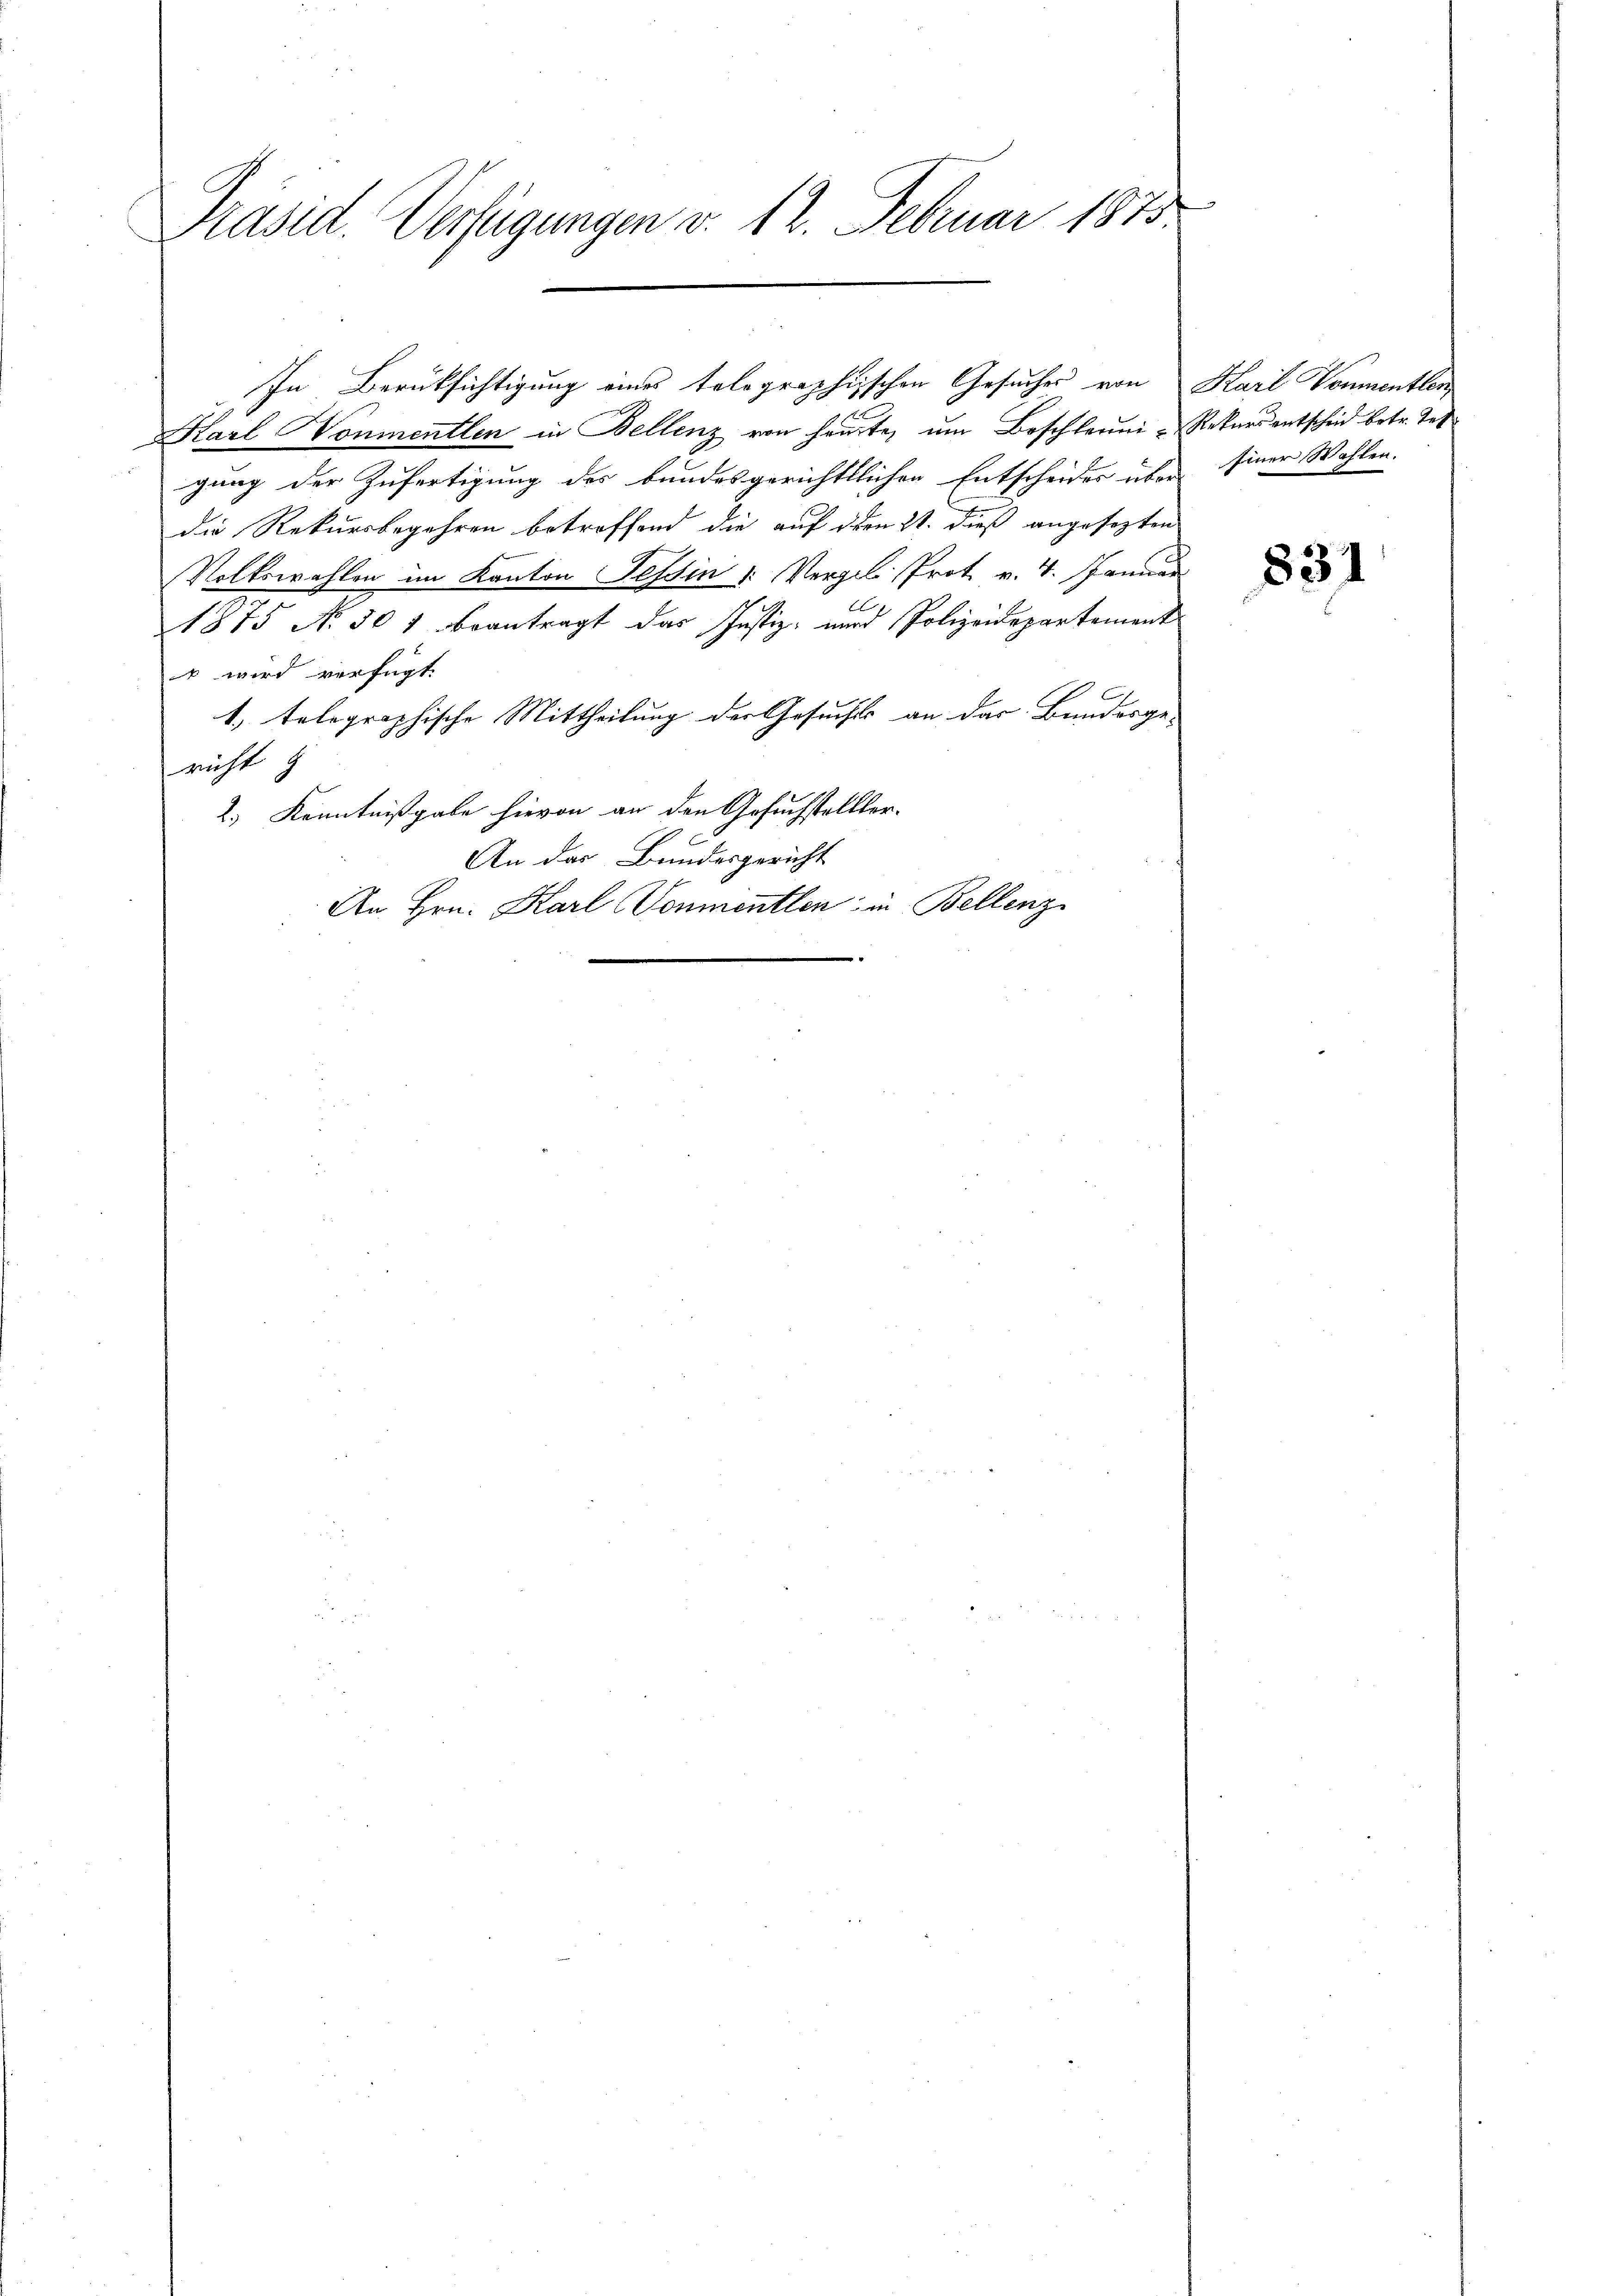
Präsid. Verfügungen v. 12. Februar 1875.

Karl Konmentlen in Bellenz von heute, um Beschleuni-Rekursentscheid betr. Tes
gung der Zufertigung des bundesgerichtlichen Entscheides über seiner Wahlen.
die Rekursbegehren betroffend die auf den 21. dieß angesezten
Volkswahlen im Kanton Tessin /: Vergele Prot v. 4. Januar
1
1875 N. 501 beantragt das Justiz- und Polizeidepartement
r wird verfügt:
1. telographische Mittheilung der Gesuchts an das Bundesge-
richt g
2.) Kenntnißgabe hievon an den Gesuchstellter.
An das Bundesgericht
An Hrn. Karl (Vonmentlen in Bellenz

In Berüksichtigung eines telegraphischen Gesuches von Karl Vonumentlen

831